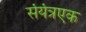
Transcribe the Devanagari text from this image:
संयंत्रएक